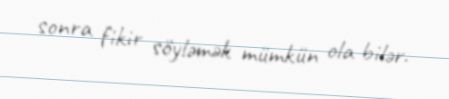
sonra fikir söyləmək mümkün ola bilər.